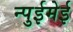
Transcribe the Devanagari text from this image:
न्पुईमेई